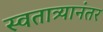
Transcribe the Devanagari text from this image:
स्वतात्र्यानंतर